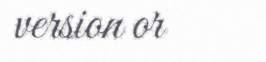
version or